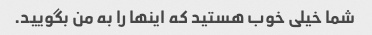
شما خیلی خوب هستید که اینها را به من بگویید.